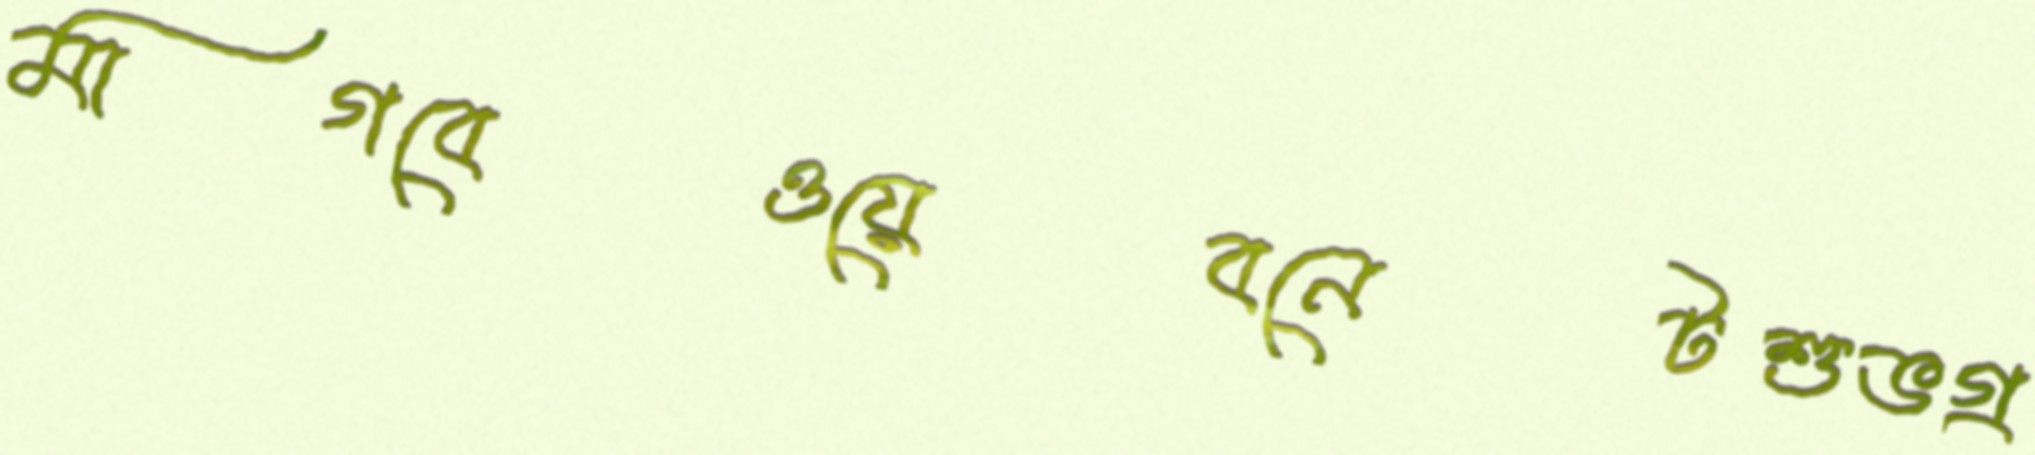
মাগবেওয়েবনেটশুভগ্র